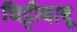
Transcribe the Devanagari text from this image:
चिट्टीबाबू